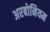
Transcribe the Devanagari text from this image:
अरबोनियम